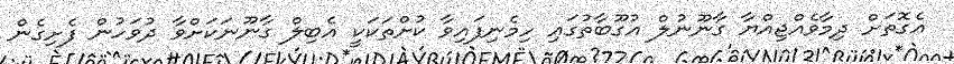
އެގޮތަށް ދިމާވެއްޖިއްޔާ ގާނޫނުލް އުގޫބާތުގައި ހިމެނިފައިވާ ކުށްތަކަކީ އެބިލް ގާނޫނަކަށްވާ ދުވަހުން ފެށިގެން